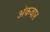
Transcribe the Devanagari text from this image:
अंकवार